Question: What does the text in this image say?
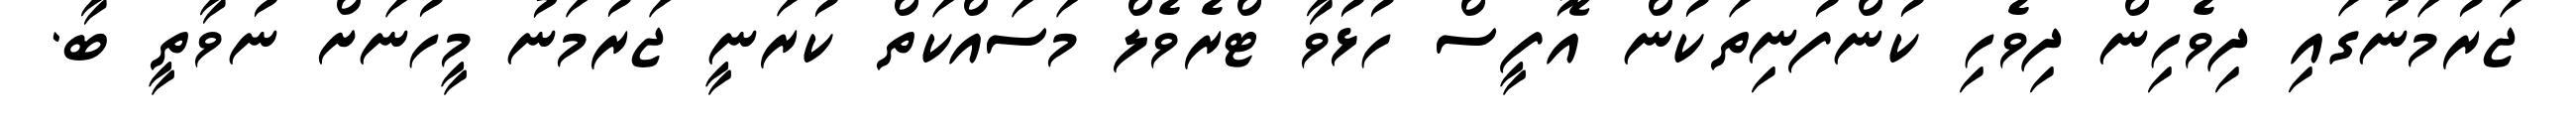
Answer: ޖަރުމަނުގައި ދިވެހިން ދިވެހި ކުންފުނިތަކުން އޮފީސް ހުޅުވާ ޓްރެވެލް މަސައްކަތް ކުރަނީ ޖަރުމަނު މީހުނަށް ނުވާތީ ބާ.